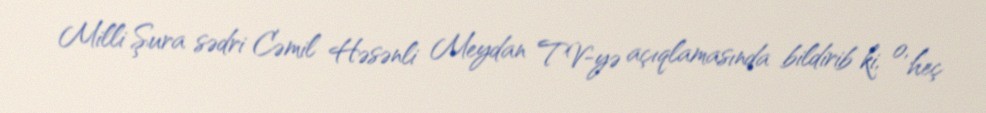
Milli Şura sədri Cəmil Həsənli Meydan TV-yə açıqlamasında bildirib ki, o, heç